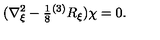
( \nabla _ { \xi } ^ { 2 } - { \textstyle \frac { 1 } { 8 } } { } ^ { ( 3 ) } R _ { \xi } ) \chi = 0 .